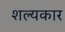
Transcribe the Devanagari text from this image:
शल्यकार